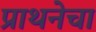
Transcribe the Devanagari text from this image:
प्राथनेचा